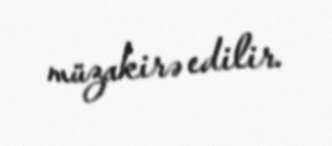
müzakirə edilir.